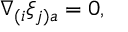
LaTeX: \nabla _ { ( i } \xi _ { j ) a } = 0 ,